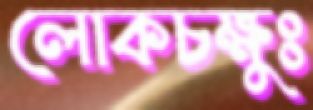
লোকচক্ষুঃ